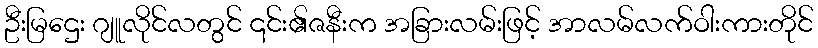
ဦးမြဌေး ဂျူလိုင်လတွင် ၎င်း၏ဇနီးက အခြားလမ်းဖြင့် အာလမ်လက်ဝါးကားတိုင်